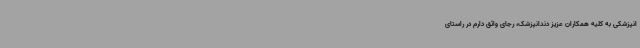
انپزشکی به کلیه همکاران عزیز دندانپزشک، رجای واثق دارم در راستای